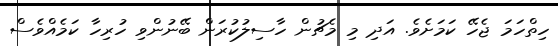
ހިތްހަމަ ޖެހޭ ކަމަށެވެ. އަދި މި މެޗުން ހާސިލުކުރަން ބޭނުންވި ހުރިހާ ކަމެއްވެސް